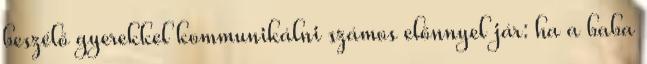
beszélő gyerekkel kommunikálni számos előnnyel jár: ha a baba